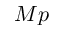
M p